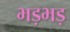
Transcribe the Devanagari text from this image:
भड़भड़